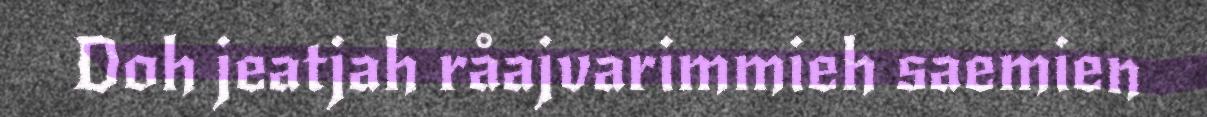
Doh jeatjah råajvarimmieh saemien